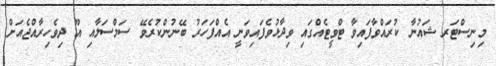
މިނިސްޓަރ ޝައުނާ ކުރައްވާފައިވާ ޓްވީޓެއްގައި ވިދާޅުވެފައިވަނީ އެއްފަހަރު ބޭނުންކުރެވޭ ސަމްސަލާއި އޫ ދިވެހިރާއްޖެއަށް